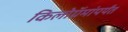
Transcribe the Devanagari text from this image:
किलोग्रॅमांपर्यंत